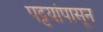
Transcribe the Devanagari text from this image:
पट्टयांपासून